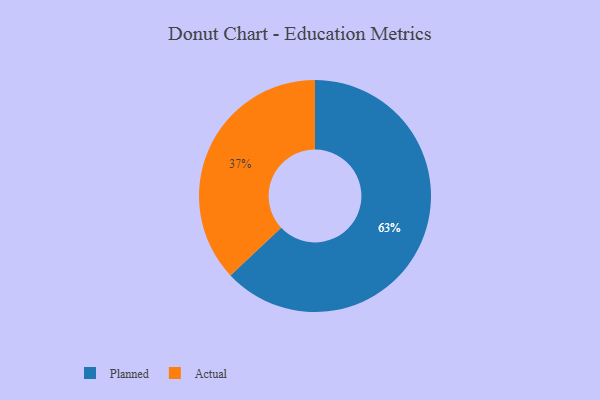
{"axis": {"x": "Category", "y": "Percentage"}, "legend": ["Actual", "Planned"], "data": [{"x": "Actual", "y": 37, "type": "Actual"}, {"x": "Planned", "y": 63, "type": "Planned"}]}